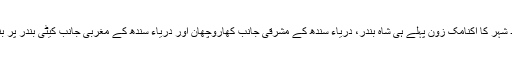
ذوالفقار آباد شہر کا اکنامک زون پہلے ہی شاہ بندر، دریاء سندھ کے مشرقی جانب کھاروچھان اور دریاء سندھ کے مغربی جانب کیٹی بندر پر بنایا گیا ہے۔